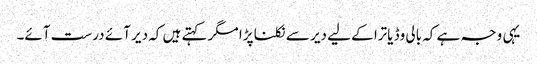
یہی وجہ ہے کہ بالی وڈ یاترا کے لیے دیر سے نکلنا پڑا مگر کہتے ہیں کہ دیر آئے درست آئے۔